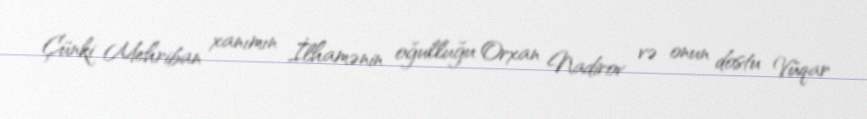
Çünki Mehriban xanımın İlhamənin oğulluğu Orxan Nadirov və onun dostu Vüqar